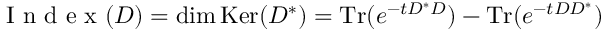
{ \textrm { I n d e x } } ( D ) = \dim \mathrm { { K e r } } ( D ^ { * } ) = \mathrm { { T r } } ( e ^ { - t D ^ { * } D } ) - \mathrm { { T r } } ( e ^ { - t D D ^ { * } } )